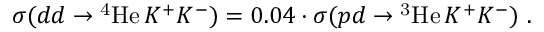
\sigma ( d d \rightarrow \mathrm { ^ 4 H e } \, K ^ { + } K ^ { - } ) = 0 . 0 4 \cdot \sigma ( p d \rightarrow \mathrm { ^ 3 H e } \, K ^ { + } K ^ { - } ) \ .